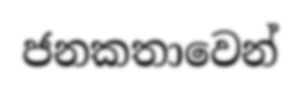
ජනකතාවෙන්